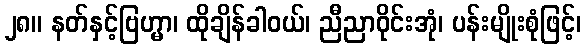
၂၈။ နတ်နှင့်ဗြဟ္မာ၊ ထိုချိန်ခါဝယ်၊ ညီညာဝိုင်းအုံ၊ ပန်းမျိုးစုံဖြင့်၊